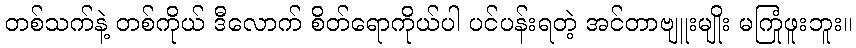
တစ်သက်နဲ့ တစ်ကိုယ် ဒီလောက် စိတ်ရောကိုယ်ပါ ပင်ပန်းရတဲ့ အင်တာဗျူးမျိုး မကြုံဖူးဘူး။